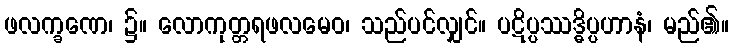
ဖလက္ခဏေ၊ ၌။ လောကုတ္တရဖလမေဝ၊ သည်ပင်လျှင်။ ပဋိပ္ပဿဒ္ဓိပ္ပဟာနံ၊ မည်၏။